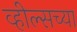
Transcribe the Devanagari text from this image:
व्हील्सच्या